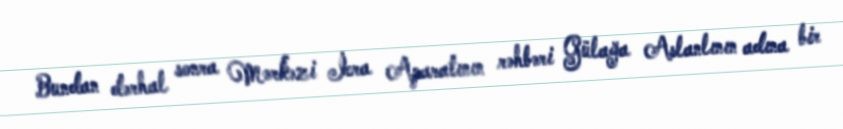
Bundan dərhal sonra Mərkəzi İcra Aparatının rəhbəri Gülağa Aslanlının adına bir